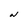
Character: N